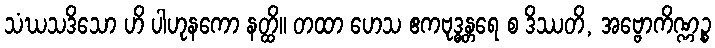
သံဃသဒိသော ဟိ ပါဟုနကော နတ္ထိ။ တထာ ဟေသ ဧကဗုဒ္ဓန္တရေ စ ဒိဿတိ, အဗ္ဗောကိဏ္ဏဉ္စ